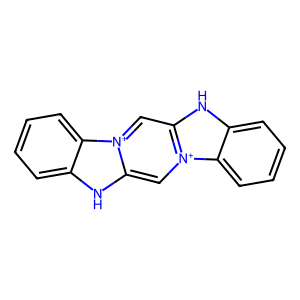
SMILES: c1ccc2c(c1)[nH]c1c[n+]3c(c[n+]12)[nH]c1ccccc13
Inhibits HIV replication: No